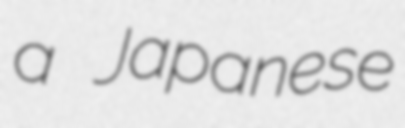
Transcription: a Japanese